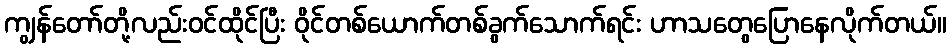
ကျွန်တော်တို့လည်းဝင်ထိုင်ပြီး ဝိုင်တစ်ယောက်တစ်ခွက်သောက်ရင်း ဟာသတွေပြောနေလိုက်တယ်။